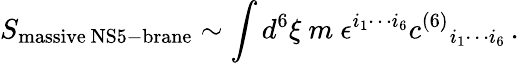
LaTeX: S_{\mathrm{massive\ NS5-brane}}\sim\int d^{6}\xi\ m\ \epsilon^{i_{1}\cdots i_{6}}c^{(6)}{}_{i_{1}\cdots i_{6}}\, .